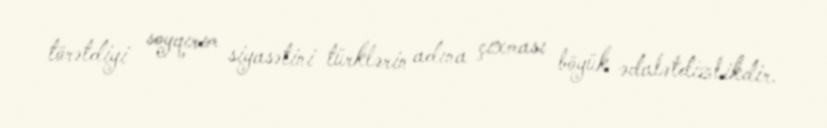
törətdiyi soyqırım siyasətini türklərin adına çıxması böyük ədalətdizlikdir.